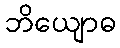
ဘိယျောဓ